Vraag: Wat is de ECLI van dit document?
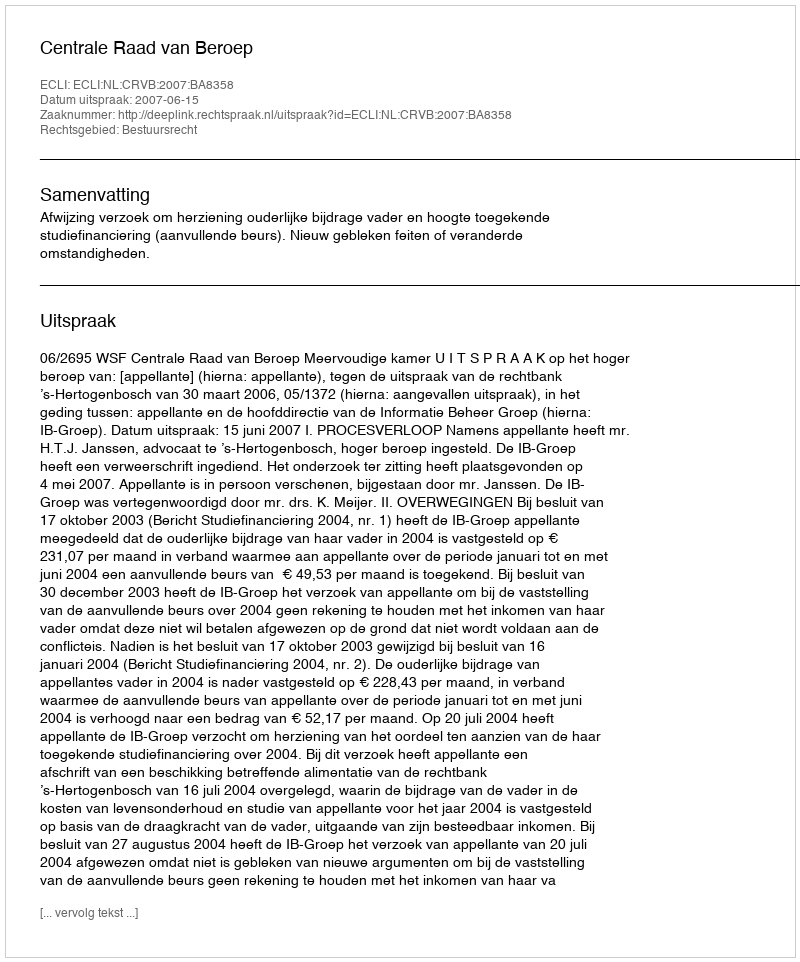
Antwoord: ECLI:NL:CRVB:2007:BA8358